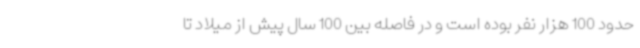
حدود 100 هزار نفر بوده است و در فاصله بین 100 سال پیش از میلاد تا